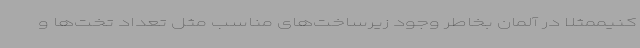
کنیممثلا در آلمان بخاطر وجود زیرساخت‌های مناسب مثل تعداد تخت‌ها و